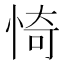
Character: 㥓